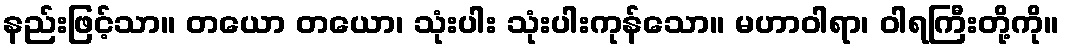
နည်းဖြင့်သာ။ တယော တယော၊ သုံးပါး သုံးပါးကုန်သော။ မဟာဝါရာ၊ ဝါရကြီးတို့ကို။